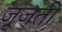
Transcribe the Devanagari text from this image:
जूजती